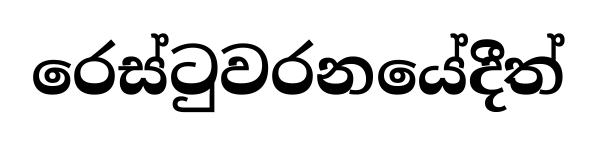
රෙස්ටුවරනයේදීත්